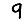
Digit: 9